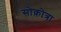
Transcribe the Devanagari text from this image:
सोक़ोत्रा